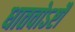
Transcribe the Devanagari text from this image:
धातवोऽष्टौ